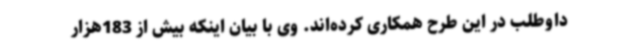
داوطلب در این طرح همکاری کرده‌اند. وی با بیان اینکه بیش از 183هزار